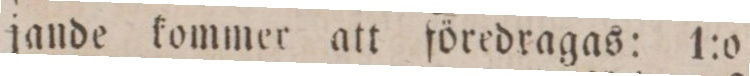
jande kommer att föredragas: 1:o